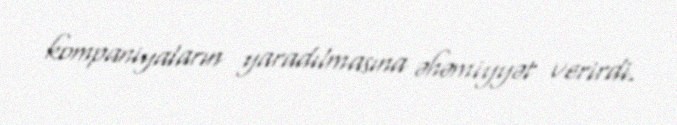
kompaniyaların yaradılmasına əhəmiyyət verirdi.